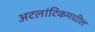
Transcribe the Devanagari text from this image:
अटलांटिकमधील